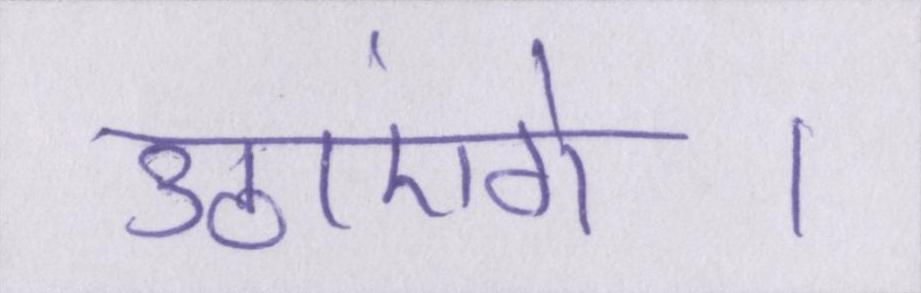
उठाएंगे।